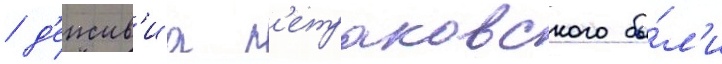
/ д'еиств'иа п'етраковского бы́л'и